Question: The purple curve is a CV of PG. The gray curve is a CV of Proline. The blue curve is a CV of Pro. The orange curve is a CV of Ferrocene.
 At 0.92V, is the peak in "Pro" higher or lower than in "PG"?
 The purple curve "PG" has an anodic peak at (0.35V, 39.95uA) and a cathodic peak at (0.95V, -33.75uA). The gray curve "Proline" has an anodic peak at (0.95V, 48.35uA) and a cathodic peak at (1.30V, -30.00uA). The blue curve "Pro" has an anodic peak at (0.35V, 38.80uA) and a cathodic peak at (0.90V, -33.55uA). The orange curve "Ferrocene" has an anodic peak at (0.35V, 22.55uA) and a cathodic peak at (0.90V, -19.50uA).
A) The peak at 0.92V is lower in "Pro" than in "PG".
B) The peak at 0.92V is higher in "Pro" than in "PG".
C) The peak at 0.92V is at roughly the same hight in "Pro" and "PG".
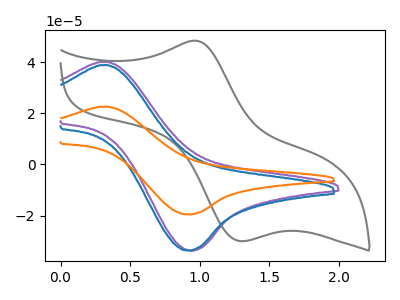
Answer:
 <answer>A) The peak at 0.92V is lower in "Pro" than in "PG".</answer>
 <eval>A</eval>